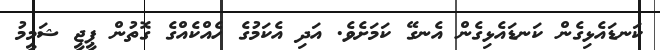
ކަނޑައެޅިގެން ކަނޑައެޅިގެން އެނގޭ ކަމަށެވެ. އަދި އެކަމުގެ ހެއްކެއްގެ ގޮތުން ޕީޖީ ޝަމީމު